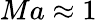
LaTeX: Ma\approx 1